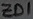
Text: ZD1